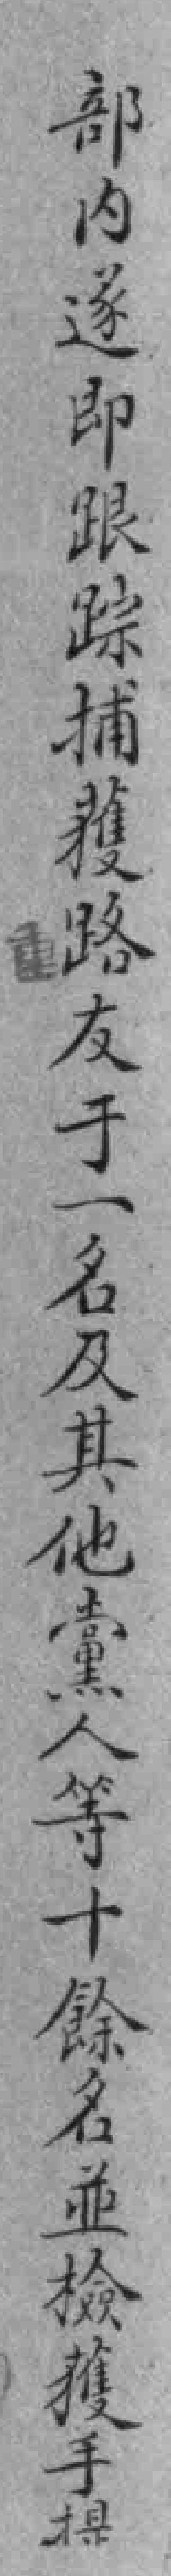
部內遂即跟踪捕獲路友于一名及其他黨人等十餘名並檢獲手提